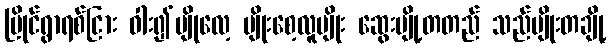
မြိုင်ရွာရစ်ငြား ဝါး၍မျိုလေ့ မျိုးစေ့လူမျိုး ဆွေးမျို့တတည် သည်မျိုးတချို့